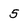
Character: 5